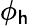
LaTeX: \phi_{\mathsf{h}}